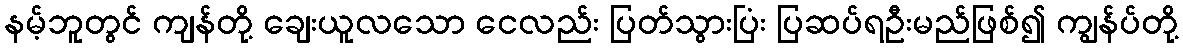
နမ့်ဘူတွင် ကျန်တို့ ချေးယူလသော ငေလည်း ပြတ်သွားပြံး ပြဆပ်ရဦးမည်ဖြစ်၍ ကျွန်ပ်တို့